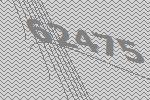
62475